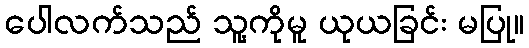
ပေါလက်သည် သူ့ကိုမူ ယုယခြင်း မပြု။